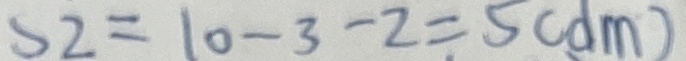
S 2 = 1 0 - 3 - 2 = 5 ( d m )